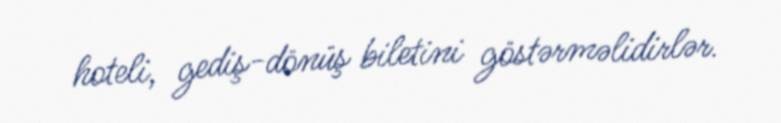
hoteli, gediş-dönüş biletini göstərməlidirlər.